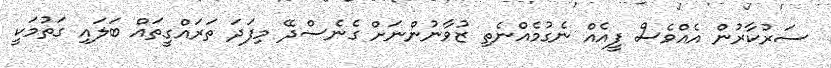
ސަރުކާރުން އެއްވެސް ފީއެއް ނެގުމެއްނެތި ޒުވާނުންނަށް ގެނެސްދޭ މިފަދަ ތަރައްގީތައް ބަލައި ގަތުމަކީ